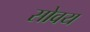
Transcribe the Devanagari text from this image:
सोवय